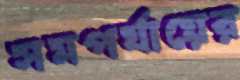
সমপর্যায়ের